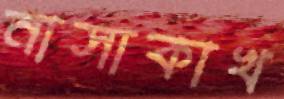
নাসাকাখ